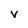
Character: v